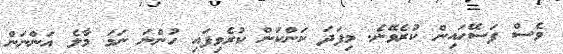
ވެސް ފަސޭހައިން ކުރެވޭނެ. މިފަދަ ކަންކަން ކުރެވިފައި ހުންނަ ނަމަ މާލެ އަންނަން